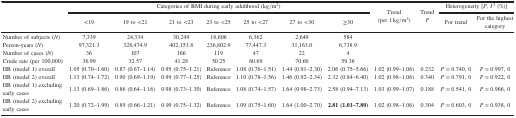
<table><thead><tr><td rowspan="3"><b> </b></td><td colspan="7"><b>Categories of BMI during early adulthood (kg/m<sup>2</sup>)</b></td><td rowspan="3"><b>Trend(per 1 kg/m<sup>2</sup>)</b></td><td rowspan="3"><b>Trend<i>P</i></b></td><td colspan="2"><b>Heterogeneity [<i>P</i>, <i>I</i><sup>2</sup> (%)]</b></td></tr><tr><td><b>&lt;19</b></td><td><b>19 to &lt;21</b></td><td><b>21 to &lt;23</b></td><td><b>23 to &lt;25</b></td><td><b>25 to &lt;27</b></td><td><b>27 to &lt;30</b></td><td><b>≥30</b></td><td><b>For trend</b></td><td><b>For the highest category</b></td></tr></thead><tbody><tr><td>Number of subjects (<i>N</i>)</td><td>7,339</td><td>24,334</td><td>30,249</td><td>18,606</td><td>6,362</td><td>2,649</td><td>584</td><td> </td><td> </td><td> </td><td> </td></tr><tr><td>Person-years (<i>N</i>)</td><td>97,321.3</td><td>328,474.9</td><td>402,153.8</td><td>236,802.9</td><td>77,447.3</td><td>31,163.0</td><td>6,738.9</td><td> </td><td> </td><td> </td><td> </td></tr><tr><td>Number of cases (<i>N</i>)</td><td>36</td><td>107</td><td>166</td><td>119</td><td>47</td><td>22</td><td>4</td><td> </td><td> </td><td> </td><td> </td></tr><tr><td>Crude rate (per 100,000)</td><td>36.99</td><td>32.57</td><td>41.28</td><td>50.25</td><td>60.69</td><td>70.60</td><td>59.36</td><td> </td><td> </td><td> </td><td> </td></tr><tr><td>HR (model 1) overall</td><td>1.05 (0.70–1.60)</td><td>0.87 (0.67–1.14)</td><td>0.95 (0.75–1.21)</td><td>Reference</td><td>1.08 (0.76–1.51)</td><td>1.44 (0.91–2.30)</td><td>2.06 (0.75–5.66)</td><td>1.02 (0.99–1.06)</td><td>0.232</td><td><i>P</i> = 0.740, 0</td><td><i>P</i> = 0.997, 0</td></tr><tr><td>HR (model 2) overall</td><td>1.13 (0.74–1.72)</td><td>0.90 (0.69–1.19)</td><td>0.99 (0.77–1.25)</td><td>Reference</td><td>1.10 (0.78–1.56)</td><td>1.46 (0.92–2.34)</td><td>2.32 (0.84–6.40)</td><td>1.02 (0.98–1.06)</td><td>0.340</td><td><i>P</i> = 0.791, 0</td><td><i>P</i> = 0.922, 0</td></tr><tr><td>HR (model 1) excludingearly cases</td><td>1.13 (0.69–1.86)</td><td>0.86 (0.64–1.16)</td><td>0.98 (0.73–1.30)</td><td>Reference</td><td>1.08 (0.74–1.57)</td><td>1.64 (0.98–2.73)</td><td>2.58 (0.94–7.13)</td><td>1.03 (0.99–1.07)</td><td>0.188</td><td><i>P</i> = 0.541, 0</td><td><i>P</i> = 0.966, 0</td></tr><tr><td>HR (model 2) excludingearly cases</td><td>1.20 (0.72–1.99)</td><td>0.89 (0.66–1.21)</td><td>0.99 (0.75–1.32)</td><td>Reference</td><td>1.09 (0.75–1.60)</td><td>1.64 (1.00–2.70)</td><td><b>2.81 (1.01–7.80)</b></td><td>1.02 (0.98–1.06)</td><td>0.304</td><td><i>P</i> = 0.603, 0</td><td><i>P</i> = 0.938, 0</td></tr></tbody></table>